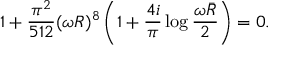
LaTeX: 1 + \frac { \pi ^ { 2 } } { 5 1 2 } ( \omega R ) ^ { 8 } \left( 1 + \frac { 4 i } { \pi } \log \frac { \omega \bar { R } } { 2 } \right) = 0 .